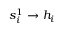
s _ { i } ^ { 1 } \to h _ { i }